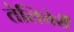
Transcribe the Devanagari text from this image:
तेलिचेरी